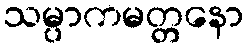
သမ္ပာကမတ္တနော